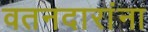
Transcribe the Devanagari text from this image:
वतनदारांना